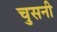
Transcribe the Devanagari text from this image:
चुसनी